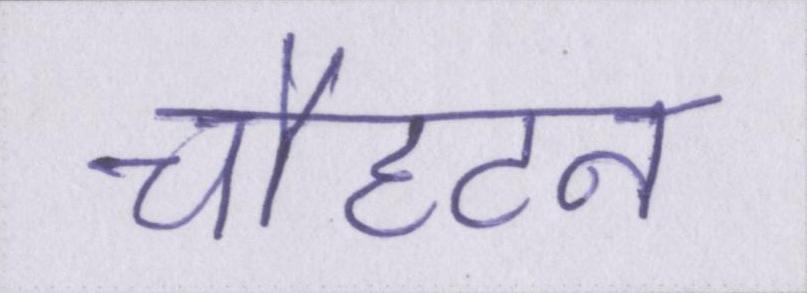
चौहटन